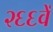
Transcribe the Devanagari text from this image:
२६६वें